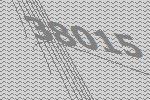
38015